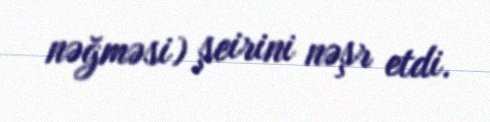
nəğməsi) şeirini nəşr etdi.